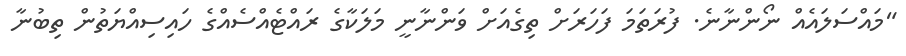
"މައްސަލައެއް ނޯންނާނެ. ފުރަތަމަ ފަހަރަށް ތިގެއަށް ވަންނާނީ މަލަކާގެ ރައްޓެއްސެއްގެ ހައިސިއްޔަތުން ތިބުނާ